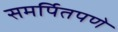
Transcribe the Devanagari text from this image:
समर्पितपणे